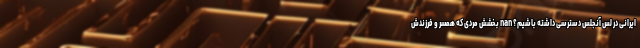
ایرانی در لس آنجلس دسترسی داشته باشیم؟ nan بخشش مردی که همسر و فرزندش